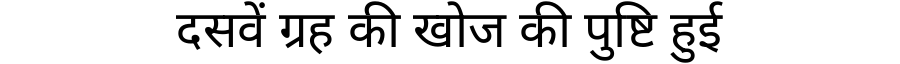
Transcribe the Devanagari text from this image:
दसवें ग्रह की खोज की पुष्टि हुई